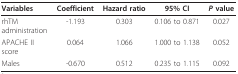
<table><thead><tr><td><b>Variables</b></td><td><b>Coefficient</b></td><td><b>Hazard ratio</b></td><td><b>95% CI</b></td><td><b><i>P </i>value</b></td></tr></thead><tbody><tr><td>rhTM administration</td><td>-1.193</td><td>0.303</td><td>0.106 to 0.871</td><td>0.027</td></tr><tr><td>APACHE II score</td><td>0.064</td><td>1.066</td><td>1.000 to 1.138</td><td>0.052</td></tr><tr><td>Males</td><td>-0.670</td><td>0.512</td><td>0.235 to 1.115</td><td>0.092</td></tr></tbody></table>